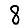
Digit: 8